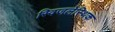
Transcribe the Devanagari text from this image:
स्विजलेस्थिक